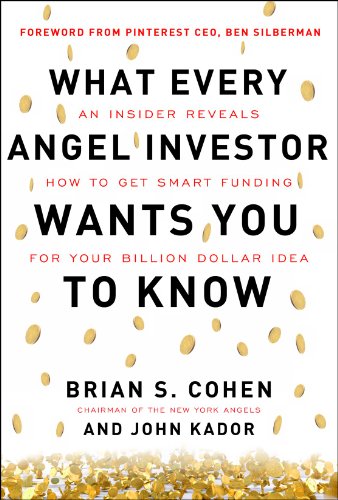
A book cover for What Every Angel Investor Wants You to Know: An Insider Reveals How to Get Smart Funding for Your Billion Dollar Idea; Brian Cohen; Business & Money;